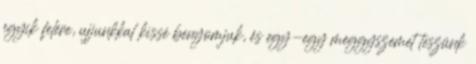
egyik felére, ujjunkkal kissé benyomjuk, és egy-egy meggyszemet teszünk